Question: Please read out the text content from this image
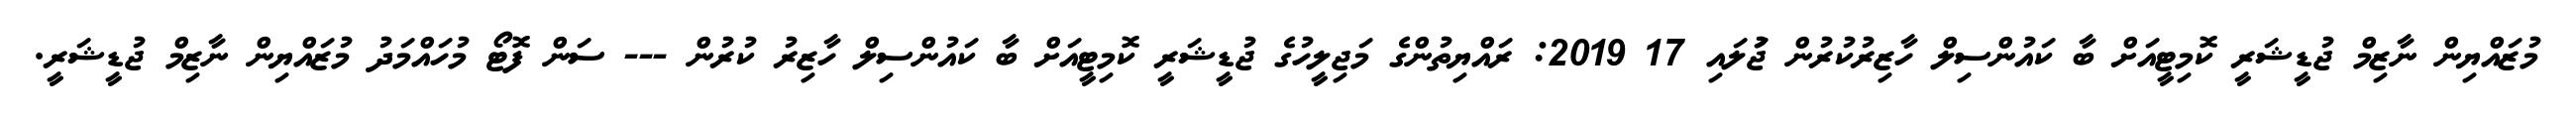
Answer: މުޒައްޔިން ނާޒިމް ޖުޑީޝަރީ ކޮމިޓީއަށް ބާ ކައުންސިލް ހާޒިރުކުރުން ޖުަލައި 17 2019: ރައްޔިތުންގެ މަޖިލީހުގެ ޖުޑީޝަރީ ކޮމިޓީއަށް ބާ ކައުންސިލް ހާޒިރު ކުރުން --- ސަން ފޮޓޯ މުހައްމަދު މުޒައްޔިން ނާޒިމް ޖުޑީޝަރީ.